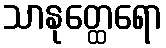
သာနုတ္ထေရော